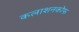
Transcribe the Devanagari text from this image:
कलाशनकोफ